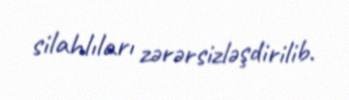
silahlıları zərərsizləşdirilib.